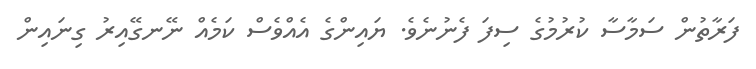
ފަރާތުން ސަމާސާ ކުރުމުގެ ސިފަ ފެނުނެވެ. ޔައިންގެ އެއްވެސް ކަމެއް ނޭނގޭއިރު ގިނައިން